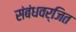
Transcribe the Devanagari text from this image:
संबंधवर्जित